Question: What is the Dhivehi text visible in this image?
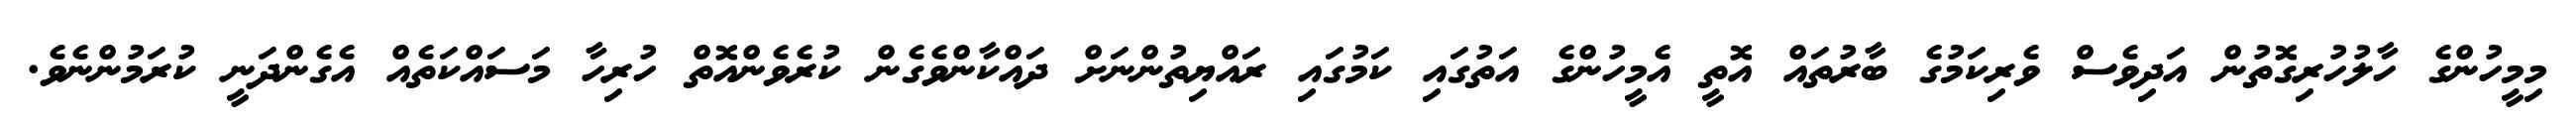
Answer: މިމީހުންގެ ހާލުހުރިގޮތުން އަދިވެސް ވެރިކަމުގެ ބާރުތައް އޮތީ އެމީހުންގެ އަތުގައި ކަމުގައި ރައްޔިތުންނަށް ދައްކާންވެގެން ކުރެވެންއޮތް ހުރިހާ މަސައްކަތެއް އެގެންދަނީ ކުރަމުންނެވެ.